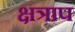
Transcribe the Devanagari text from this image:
क्षत्राप